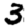
Digit: 3